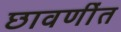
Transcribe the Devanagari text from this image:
छावणींत